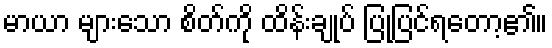
မာယာ များသော စိတ်ကို ထိန်းချုပ် ပြုပြင်ရတော့၏။